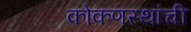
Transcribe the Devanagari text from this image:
कोकणस्थांची